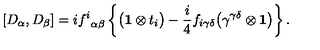
[ D _ { \alpha } , D _ { \beta } ] = i { f ^ { i } } _ { \alpha \beta } \left\{ \bigl ( { \bf 1 } \otimes t _ { i } \bigr ) - { \frac { i } { 4 } } f _ { i \gamma \delta } \bigl ( \gamma ^ { \gamma \delta } \otimes { \bf 1 } \bigr ) \right\} .